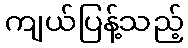
ကျယ်ပြန့်သည့်